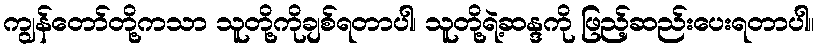
ကျွန်တော်တို့ကသာ သူတို့ကိုချစ်ရတာပါ၊ သူတို့ရဲ့ဆန္ဒကို ဖြည့်ဆည်းပေးရတာပါ။